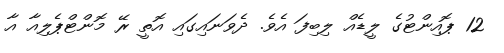
12 ޕޮއިންޓުގެ ލީޑެއް ލިބިފަ އެވެ. ދެވަނައިގައި އޮތީ ރޭ މޮންޓްޕެލިއާ އާ